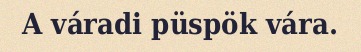
A váradi püspök vára.